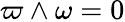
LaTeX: \varpi\wedge\omega=0